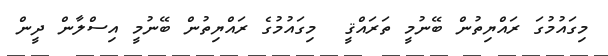
މިގައުމުގަ ރައްޔިތުން ބޭނުމީ ތަރައްޤީ  މިގައުމުގެ ރައްޔިތުން ބޭނުމީ އިސްލާން ދީން